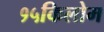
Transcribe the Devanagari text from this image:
१५किलोम